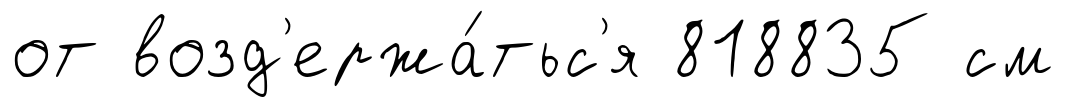
от возд'ержа́тьс'я 818835 см